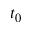
t _ { 0 }